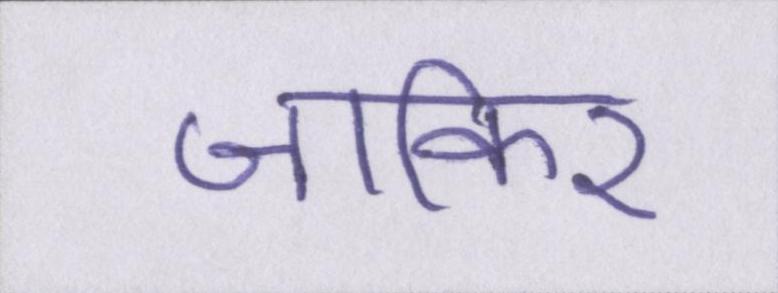
जाकिर